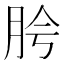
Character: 𬚵